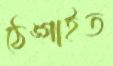
ঠেঙ্গাইত